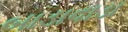
બાડાવાડા